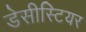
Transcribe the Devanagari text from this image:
डेसीस्टियर